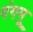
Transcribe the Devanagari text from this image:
गंगमू